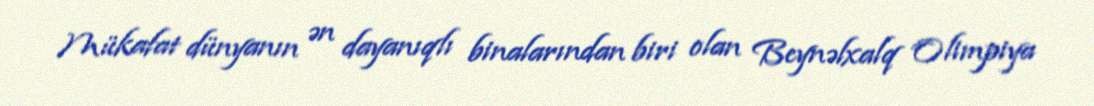
Mükafat dünyanın ən dayanıqlı binalarından biri olan Beynəlxalq Olimpiya